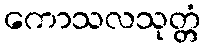
ကောသလသုတ္တံ